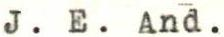
J. E. And.